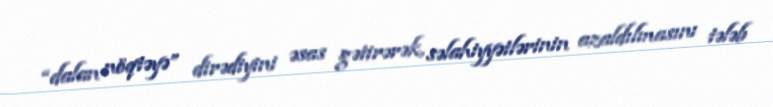
“dalan nöqtəyə” dirədiyini əsas gətirərək, səlahiyyətlərinin azaldılmasını tələb